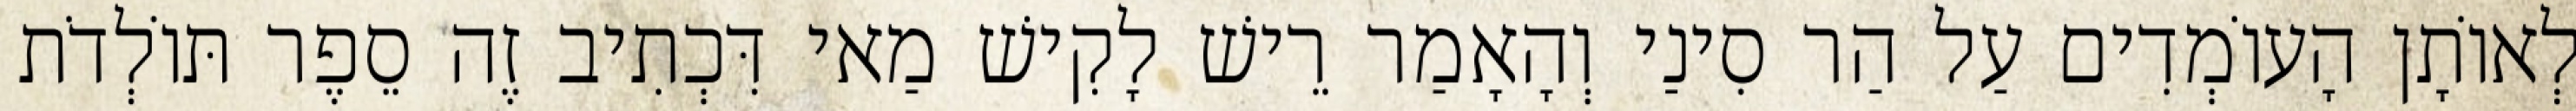
לְאוֹתָן הָעוֹמְדִים עַל הַר סִינַי וְהָאָמַר רֵישׁ לָקִישׁ מַאי דִּכְתִיב זֶה סֵפֶר תּוֹלְדֹת